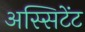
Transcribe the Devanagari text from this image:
अस्सिटेंट